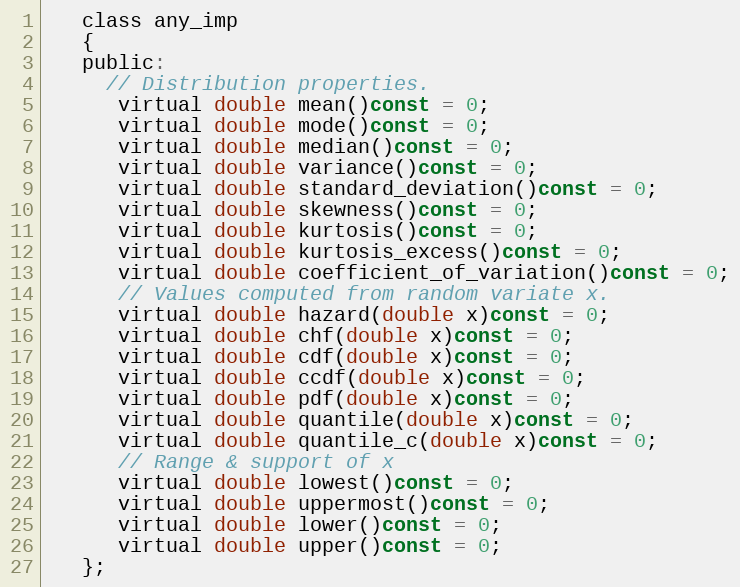
Language: C
   class any_imp
   {
   public:
     // Distribution properties.
      virtual double mean()const = 0;
      virtual double mode()const = 0;
      virtual double median()const = 0;
      virtual double variance()const = 0;
      virtual double standard_deviation()const = 0;
      virtual double skewness()const = 0;
      virtual double kurtosis()const = 0;
      virtual double kurtosis_excess()const = 0;
      virtual double coefficient_of_variation()const = 0;
      // Values computed from random variate x.
      virtual double hazard(double x)const = 0;
      virtual double chf(double x)const = 0;
      virtual double cdf(double x)const = 0;
      virtual double ccdf(double x)const = 0;
      virtual double pdf(double x)const = 0;
      virtual double quantile(double x)const = 0;
      virtual double quantile_c(double x)const = 0;
      // Range & support of x
      virtual double lowest()const = 0;
      virtual double uppermost()const = 0;
      virtual double lower()const = 0;
      virtual double upper()const = 0;
   };